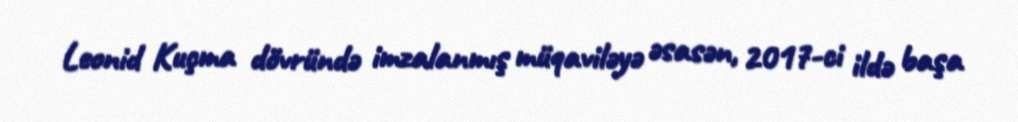
Leonid Kuçma dövründə imzalanmış müqaviləyə əsasən, 2017-ci ildə başa